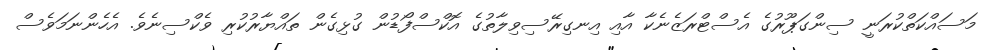
މަސައްކަތްކުރަނީ ސިންގަޕޫރުގެ އެސްޓްރަޒެނެކާ އާއި އިނގިރޭސިވިލާތުގެ އޮކްސްފޯޑުން ގުޅިގެން ތައްޔާރުކުރި ވެކްސިނެވެ. އެހެންނަމަވެސް